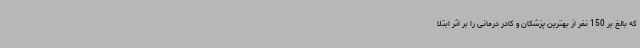
که بالغ بر 150 نفر از بهترین پزشکان و کادر درمانی را بر اثر ابتلا